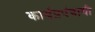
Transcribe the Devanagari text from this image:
कार्यप्रपंचाची